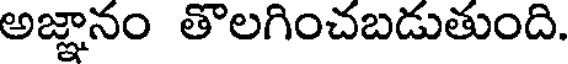
అజ్ఞానం తొలగించబడుతుంది.